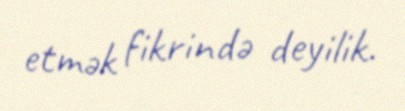
etmək fikrində deyilik.